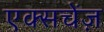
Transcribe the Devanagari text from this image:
एक्सचेंज़